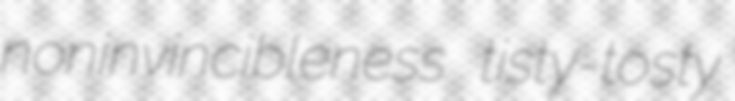
noninvincibleness tisty-tosty